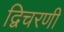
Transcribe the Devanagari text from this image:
द्विचरणी